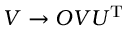
{ \cal { V } } \rightarrow { \cal { O } } { \cal { V } } U ^ { \mathrm { T } }